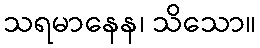
သရမာနေန၊ သိသော။